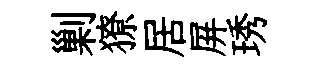
剿獠居屏琇